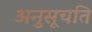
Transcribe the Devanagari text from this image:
अनुसूचति